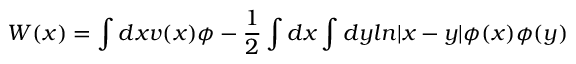
W ( x ) = \int d x v ( x ) \phi - { \frac { 1 } { 2 } } \int d x \int d y l n | x - y | \phi ( x ) \phi ( y )